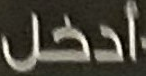
أدخل